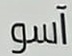
آسو